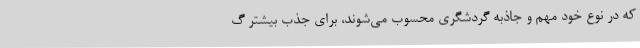
که در نوع خود مهم و جاذبه گردشگری محسوب می‌شوند، برای جذب بیشتر گ